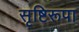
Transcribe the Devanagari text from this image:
सृष्टिरूपा